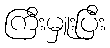
ကြီးမှူးပြီး